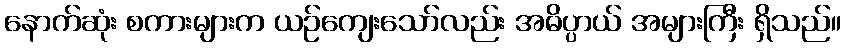
နောက်ဆုံး စကားများက ယဉ်ကျေးသော်လည်း အဓိပ္ပာယ် အများကြီး ရှိသည်။